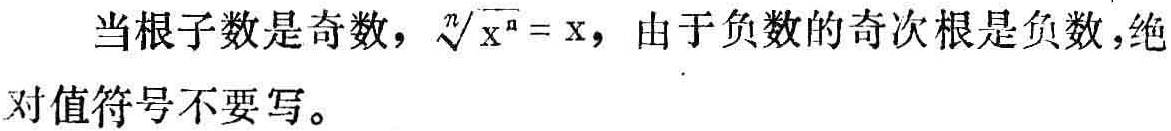
当根子数是奇数，$\sqrt[n]{x^{n}} = x$，由于负数的奇次根是负数，绝对值符号不要写。